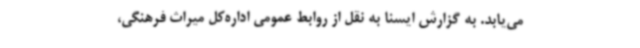
می‌یابد. به گزارش ایسنا به نقل از روابط عمومی اداره‌کل میراث فرهنگی،